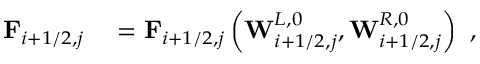
\begin{array} { r l } { \mathbf { F } _ { i + 1 / 2 , j } } & { { } = \mathbf { F } _ { i + 1 / 2 , j } \left( \mathbf { W } _ { i + 1 / 2 , j } ^ { L , 0 } , \mathbf { W } _ { i + 1 / 2 , j } ^ { R , 0 } \right) } \end{array} ,